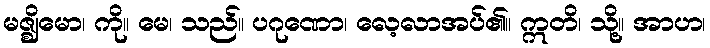
မဇ္ဈိမော၊ ကို။ မေ၊ သည်။ ပဂုဏော၊ လေ့လာအပ်၏။ ဣတိ၊ သို့။ အာဟ၊